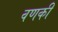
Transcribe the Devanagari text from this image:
वणकी